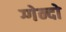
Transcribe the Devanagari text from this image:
ग्गेन्दो